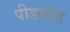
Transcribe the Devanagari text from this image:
पीडमांड